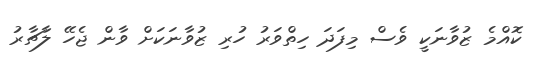
ކޮއްމެ ޒުވާނަކީ ވެސް މިފަދަ ހިތްވަރު ހުރި ޒުވާނަކަށް ވާން ޖެހޭ ލާޗާރު